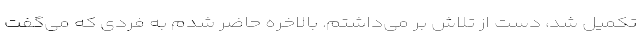
تکمیل شد، دست از تلاش بر می‌داشتم. بالاخره حاضر شدم به فردی که می‌گفت